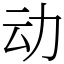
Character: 动